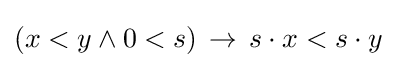
(x<y\land 0<s)\,\to \,s\cdot x<s\cdot y